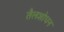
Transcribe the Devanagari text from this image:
तैलशोधन